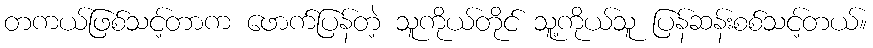
တကယ်ဖြစ်သင့်တာက ဖောက်ပြန်တဲ့ သူကိုယ်တိုင် သူ့ကိုယ်သူ ပြန်ဆန်းစစ်သင့်တယ်။